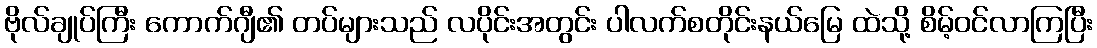
ဗိုလ်ချုပ်ကြီး ကောက်ဂျီ၏ တပ်များသည် လပိုင်းအတွင်း ပါလက်စတိုင်းနယ်မြေ ထဲသို့ စိမ့်ဝင်လာကြပြီး